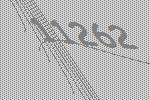
11262